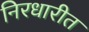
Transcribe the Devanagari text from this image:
निरधारीत